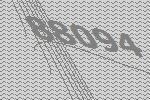
88094